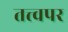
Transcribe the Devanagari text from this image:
तत्त्वपर